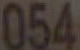
054